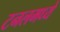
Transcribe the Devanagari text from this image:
टनलमध्ये